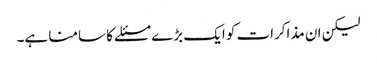
لیکن ان مذاکرات کو ایک بڑے مسئلے کا سامنا ہے۔